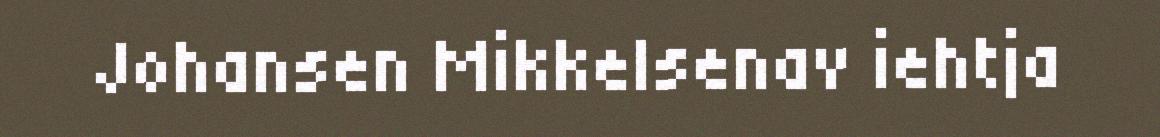
Johansen Mikkelsenav iehtja